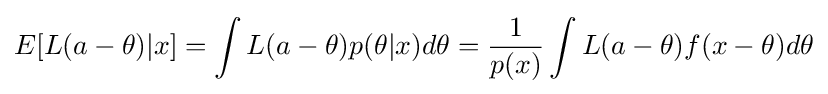
E[L(a-\theta )|x]=\int {L(a-\theta )p(\theta |x)d\theta }={\frac {1}{p(x)}}\int L(a-\theta )f(x-\theta )d\theta